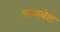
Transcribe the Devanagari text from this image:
ऋणवेश